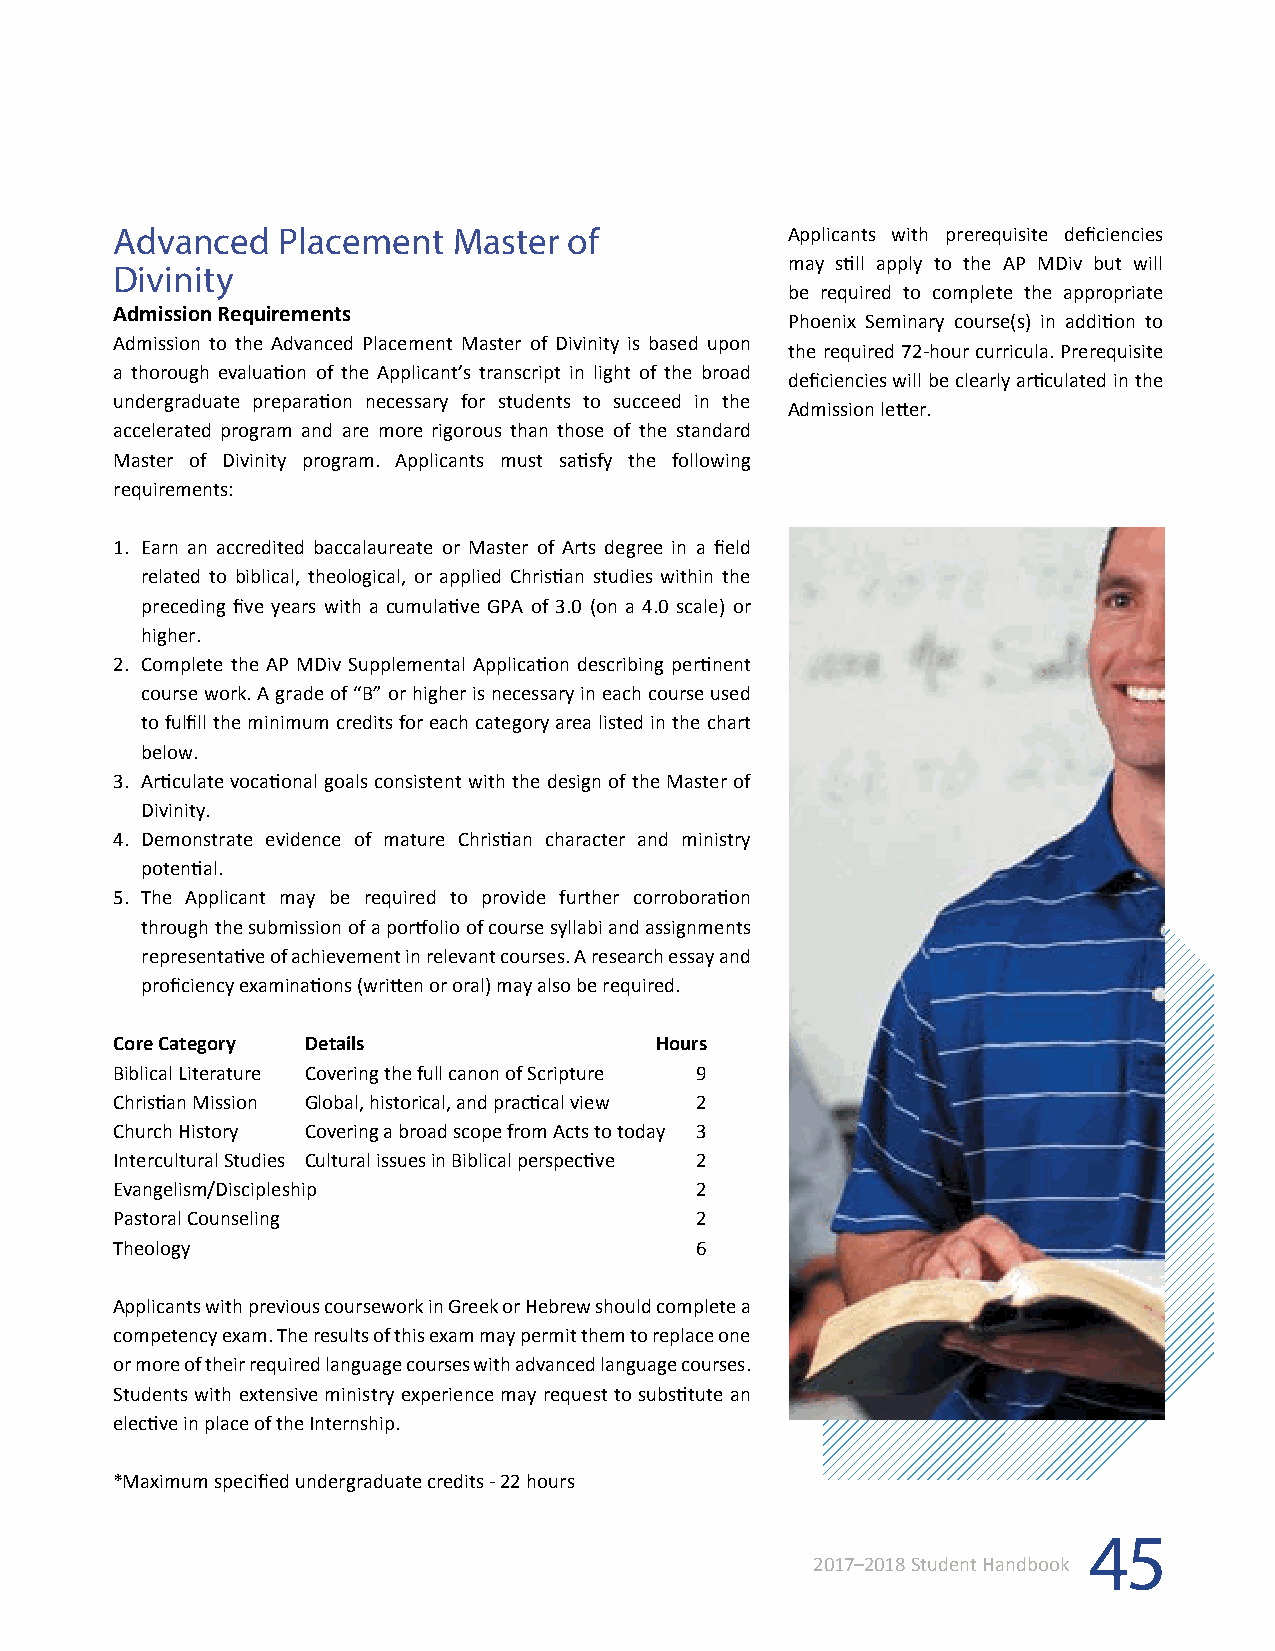
Advanced  Placement   Master  of            Applicants with prerequisite deficiencies
 may still apply to the AP MDiv but will
 Divinity
 be required to complete the appropriate
 Admission Requirements
 Phoenix Seminary course(s) in addition to
 Admission to the Advanced Placement Master of Divinity is based upon
 the required 72-hour curricula. Prerequisite
 a thorough evaluation of the Applicant’s transcript in light of the broad
 deficiencies will be clearly articulated in the
 undergraduate preparation necessary for students to succeed in the
 Admission letter.
 accelerated program and are more rigorous than those of the standard
 Master of Divinity program. Applicants must satisfy the following
 requirements:
 1. Earn an accredited baccalaureate or Master of Arts degree in a field
 related to biblical, theological, or applied Christian studies within the
 preceding five years with a cumulative GPA of 3.0 (on a 4.0 scale) or
 higher.
 2. Complete the AP MDiv Supplemental Application describing pertinent
 course work. A grade of “B” or higher is necessary in each course used
 to fulfill the minimum credits for each category area listed in the chart
 below.
 3. Articulate vocational goals consistent with the design of the Master of
 Divinity.
 4. Demonstrate evidence of mature Christian character and ministry
 potential.
 5. The Applicant may be required to provide further corroboration
 through the submission of a portfolio of course syllabi and assignments
 representative of achievement in relevant courses. A research essay and
 proficiency examinations (written or oral) may also be required.
 Core Category Details              Hours
 Biblical Literature Covering the full canon of Scripture 9
 Christian Mission Global, historical, and practical view 2
 Church History Covering a broad scope from Acts to today 3
 Intercultural Studies Cultural issues in Biblical perspective 2
 Evangelism/Discipleship               2
 Pastoral Counseling                   2
 Theology                              6
 Applicants with previous coursework in Greek or Hebrew should complete a
 competency exam. The results of this exam may permit them to replace one
 or more of their required language courses with advanced language courses.
 Students with extensive ministry experience may request to substitute an
 elective in place of the Internship.
 *Maximum specified undergraduate credits - 22 hours
 45
 2017–2018 Student Handbook